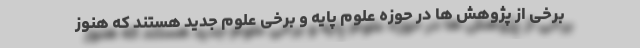
برخی از پژوهش ها در حوزه علوم پایه و برخی علوم جدید هستند که هنوز